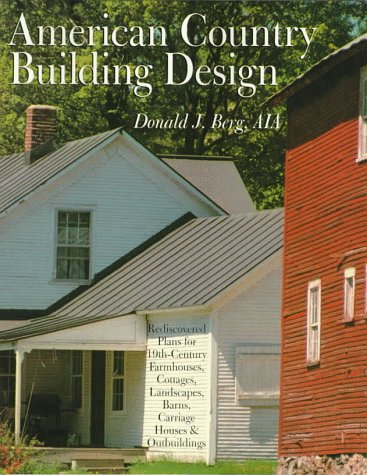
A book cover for AMERICAN COUNTRY BUILDING DESIGN: Rediscovered Plans For 19th-Century American Farmhouses, Cottages, Landscapes, Barns, Carriage Houses & Outbuildings; Donald J. Berg AIA; Arts & Photography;